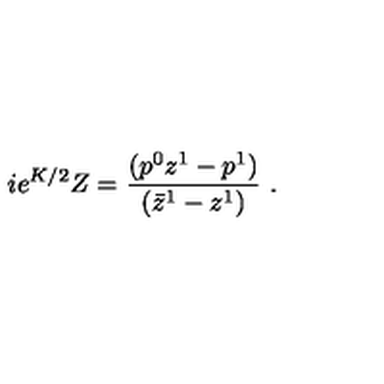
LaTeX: i e ^ { K / 2 } Z = { \frac { ( p ^ { 0 } z ^ { 1 } - p ^ { 1 } ) } { ( \bar { z } ^ { 1 } - z ^ { 1 } ) } } \ .